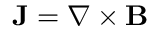
\mathbf { J } = \nabla \times \mathbf { B }